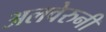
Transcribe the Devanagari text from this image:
अलवेरुनी